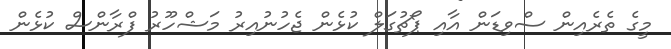
މީގެ ތެރެއިން ސްވިޑަން އާއި ޕޯޗުގަލް ކުޅެން ޖެހުނުއިރު މަޝްހޫރު ފްރާންސް ކުޅެން